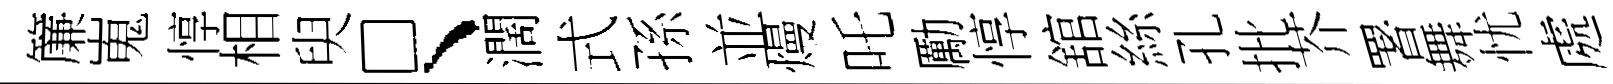
簾嵬惇相臾□、濶式孫並熳吒勵惇舘絲孔批芥署舞忧處